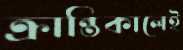
ক্রান্তিকালেই